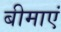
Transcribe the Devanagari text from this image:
बीमाएं